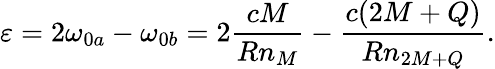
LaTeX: \varepsilon=2\omega_{0a}-\omega_{0b}=2\frac{cM}{Rn_{M}}-\frac{c(2M+Q)}{Rn_{2M+Q}}.